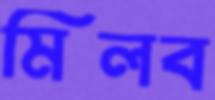
মিলব